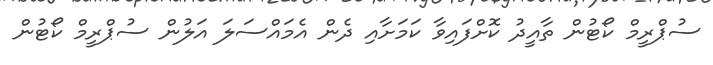
ސުޕްރީމް ކޯޓުން ތާއީދު ކޮށްފައިވާ ކަމަށާއި ދެން އެމައްސަލަ އަލުން ސުޕްރީމް ކޯޓުން